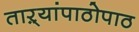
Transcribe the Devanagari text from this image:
ताऱ्यांपाठोपाठ